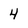
Character: 4